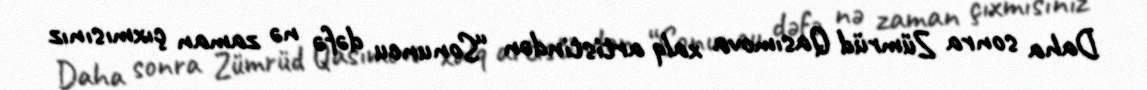
Daha sonra Zümrüd Qasımova xalq artistindən “Sonuncu dəfə nə zaman çıxmısınız